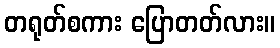
တရုတ်စကား ပြောတတ်လား။